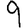
Digit: 9